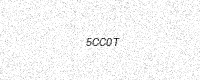
Text: 5CC0T